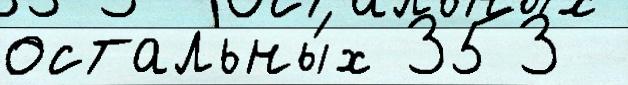
остальны́х 353